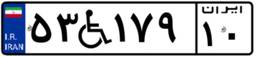
۵۳W۱۷۹۱۰